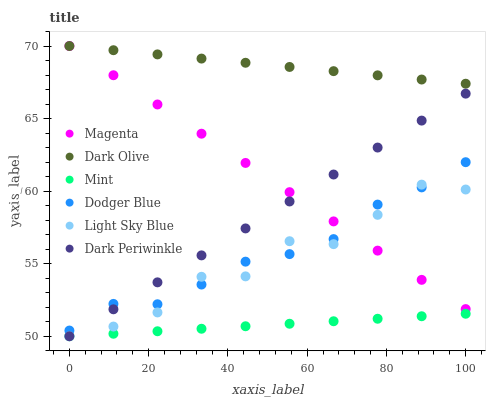
| xaxis_label | Magenta | Dark Olive | Mint | Dodger Blue | Light Sky Blue | Dark Periwinkle |
 | --- | --- | --- | --- | --- | --- | --- |
 | 0 | 70 | 70 | 50 | 50.4 | 50 | 50 |
 | 11.1 | 68 | 69.7 | 50.2 | 52.2 | 50.7 | 51.9 |
 | 22.2 | 66 | 69.4 | 50.3 | 52.2 | 51.6 | 53.7 |
 | 33.3 | 64 | 69.1 | 50.5 | 53.6 | 54.1 | 55.6 |
 | 44.4 | 61.9 | 68.8 | 50.7 | 55.1 | 54.1 | 57.4 |
 | 55.6 | 59.9 | 68.6 | 50.9 | 55.7 | 56.5 | 59.3 |
 | 66.7 | 57.9 | 68.3 | 51 | 56.7 | 56.3 | 61.1 |
 | 77.8 | 55.9 | 68 | 51.2 | 59.1 | 58.4 | 63 |
 | 88.9 | 53.9 | 67.7 | 51.4 | 60.3 | 60.4 | 64.9 |
 | 100 | 51.9 | 67.4 | 51.6 | 62 | 60.1 | 66.7 |